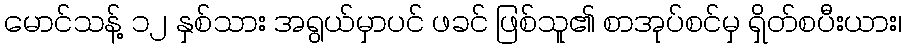
မောင်သန့် ၁၂ နှစ်သား အရွယ်မှာပင် ဖခင် ဖြစ်သူ၏ စာအုပ်စင်မှ ရှိတ်စပီးယား၊